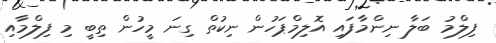
ފިލްމު ބަލާ ނިންމާފައި އޮލިމްޕަހުން ނިކުތް ގިނަ މީހުން ތިބީ މި ފިލްމާއި